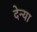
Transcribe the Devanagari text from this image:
देन्या